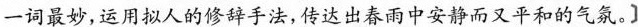
一词最妙,运用拟人的修辞手法,传巡出春雨中安静而又平和的气氛。